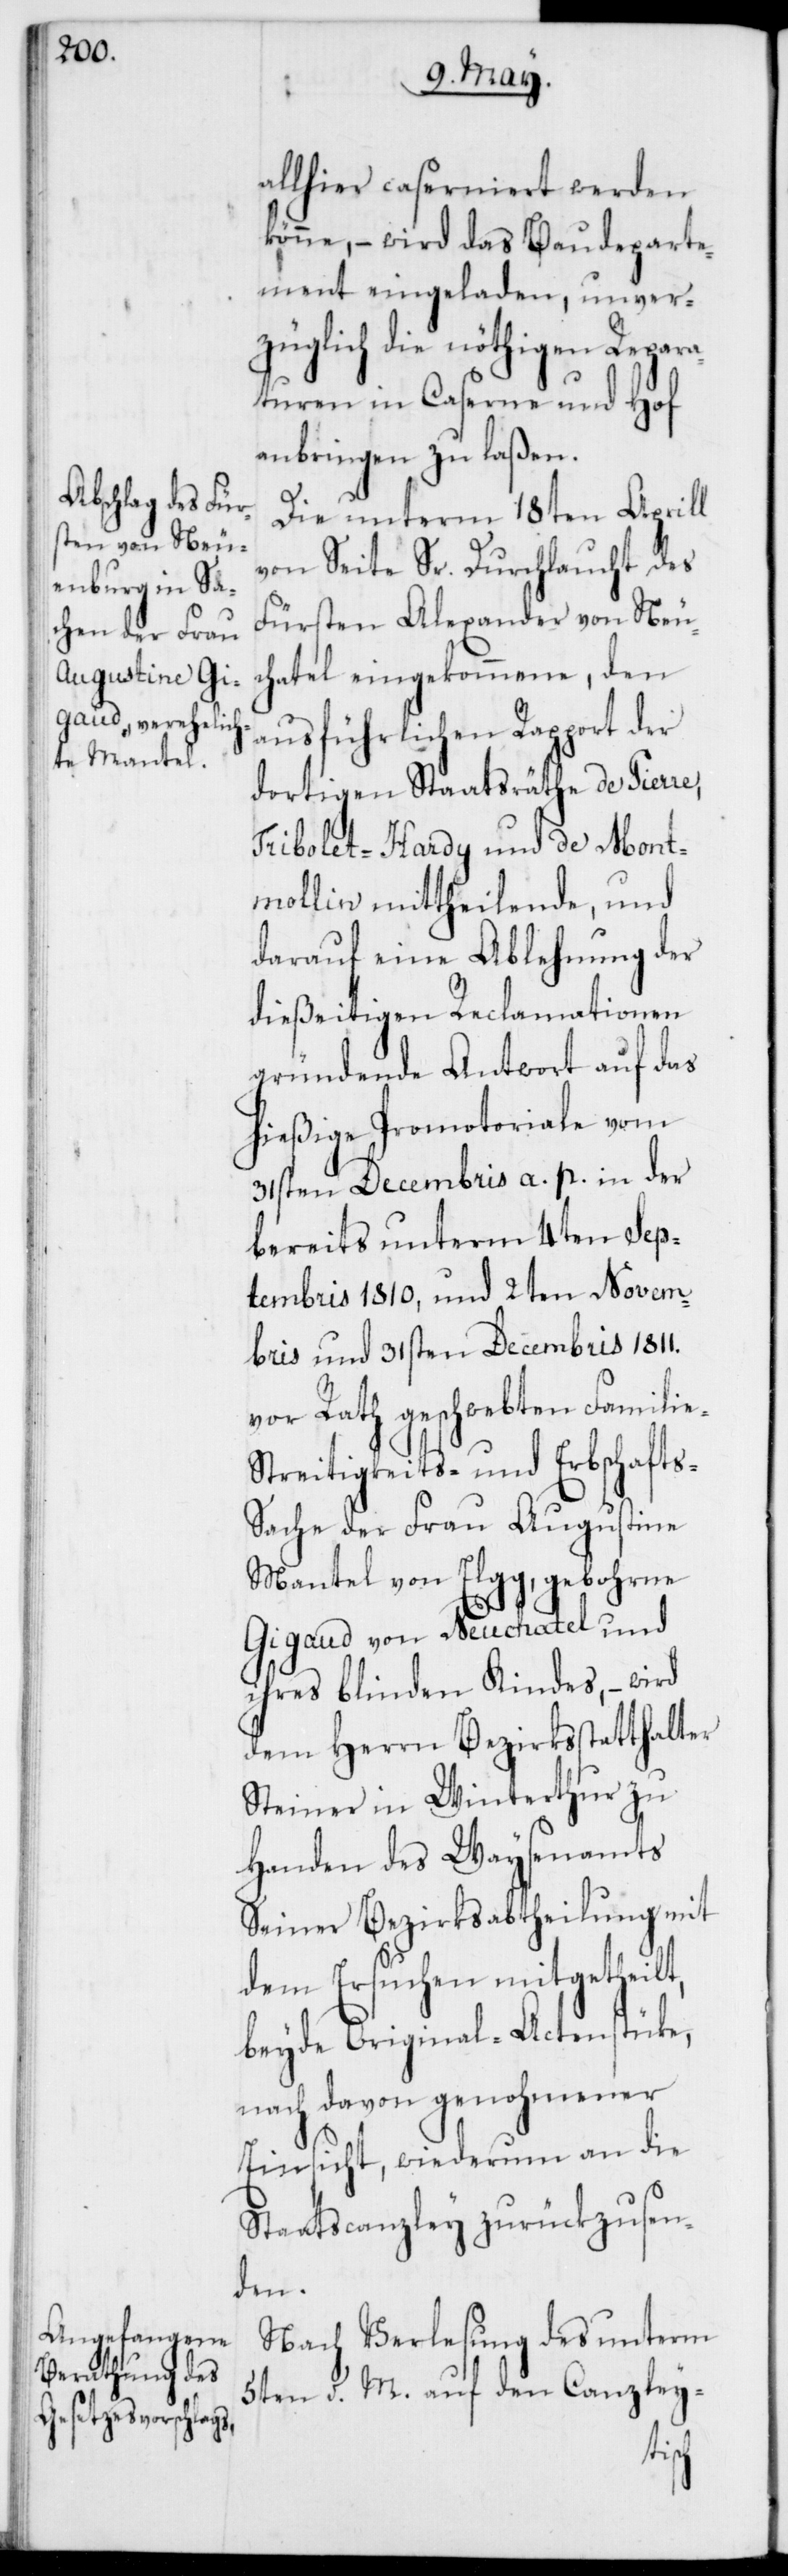
allhier caserniert werden
könne, – wird das Baudeparte¬
ment eingeladen, unver¬
züglich die nöthigen Repara¬
turen in Caserne und Hof
anbringen zu laßen.
Die unterm 18ten Aprill
von Seite Sr. Durchlaucht des
Fürsten Alexander von Neu¬
châtel eingekommene, den
ausführlichen Rapport der
dortigen Staatsräthe de Pierre,
Tribolet-Hardy und de Mont¬
mollin mittheilende, und
darauf eine Ablehnung der
dießeitigen Reclamationen
gründende Antwort auf das
hießige Promotoriale vom
31sten Decembris a. p. in der
bereits unterm 4ten Sep¬
tembris 1810, und 2ten Novem¬
bris und 31sten Decembris 1811.
vor Rath geschwebten Famili¬
e-Streitigkeits- und Erbschafts-S¬
ache der Frau Augustine
Mantel von Elgg, gebohrne
Gigaud von Neuchâtel und
ihres blinden Kindes, – wird
dem Herrn Bezirksstatthalter
Steiner in Winterthur zu
Handen des Waysenamts
seiner Bezirksabtheilung mit
dem Ersuchen mitgetheilt,
beyde Original-Actenstücke,
nach davon genohmener
Einsicht, wiederum an die
Staatscanzley zurückzusen¬
den.
Nach Verlesung des unterm
5ten d. M. auf den Canzley-